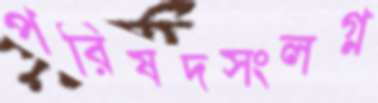
পরিষদসংলগ্ন